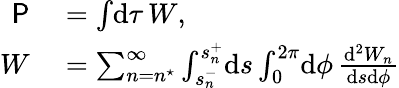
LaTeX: \begin{array}{rl}{\textsf{P}}&{{}=\int\! \mathrm{d}\tau\, W,}\\ {W}&{{}=\sum_{n=n^{\star}}^{\infty}\int_{s_{n}^{-}}^{s_{n}^{+}}\! \mathrm{d}s\int_{0}^{2\pi}\! \mathrm{d}\phi\, \frac{\mathrm{d}^{2}W_{n}}{\mathrm{d}s\mathrm{d}\phi}}\end{array}